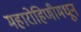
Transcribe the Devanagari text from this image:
महारोहिणीमधून